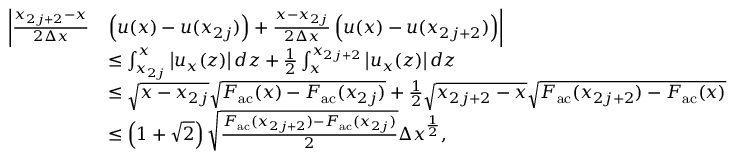
\begin{array} { r l } { \biggl | \frac { x _ { 2 j + 2 } - x } { 2 \Delta x } } & { \left( u ( x ) - u ( x _ { 2 j } ) \right) + \frac { x - x _ { 2 j } } { 2 \Delta x } \left( u ( x ) - u ( x _ { 2 j + 2 } ) \right) \biggr | } \\ & { \leq \int _ { x _ { 2 j } } ^ { x } \left| u _ { x } ( z ) \right| d z + \frac 1 2 \int _ { x } ^ { x _ { 2 j + 2 } } \left| u _ { x } ( z ) \right| d z } \\ & { \leq \sqrt { x - x _ { 2 j } } \sqrt { F _ { \mathrm { a c } } ( x ) - F _ { \mathrm { a c } } ( x _ { 2 j } ) } + \frac { 1 } { 2 } \sqrt { x _ { 2 j + 2 } - x } \sqrt { F _ { \mathrm { a c } } ( x _ { 2 j + 2 } ) - F _ { \mathrm { a c } } ( x ) } } \\ & { \leq \left( 1 + \sqrt { 2 } \right) \sqrt { \frac { F _ { \mathrm { a c } } ( x _ { 2 j + 2 } ) - F _ { \mathrm { a c } } ( x _ { 2 j } ) } { 2 } } \Delta x ^ { \frac { 1 } { 2 } } , } \end{array}